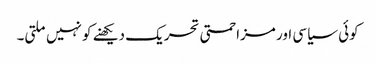
کوئی سیاسی اور مزاحمتی تحریک دیکھنے کو نہیں ملتی۔